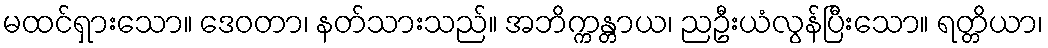
မထင်ရှားသော။ ဒေဝတာ၊ နတ်သားသည်။ အဘိက္ကန္တာယ၊ ညဦးယံလွန်ပြီးသော။ ရတ္တိယာ၊